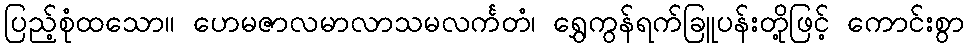
ပြည့်စုံထသော။ ဟေမဇာလမာလာသမလင်္ကတံ၊ ရွှေကွန်ရက်ခြူပန်းတို့ဖြင့် ကောင်းစွာ